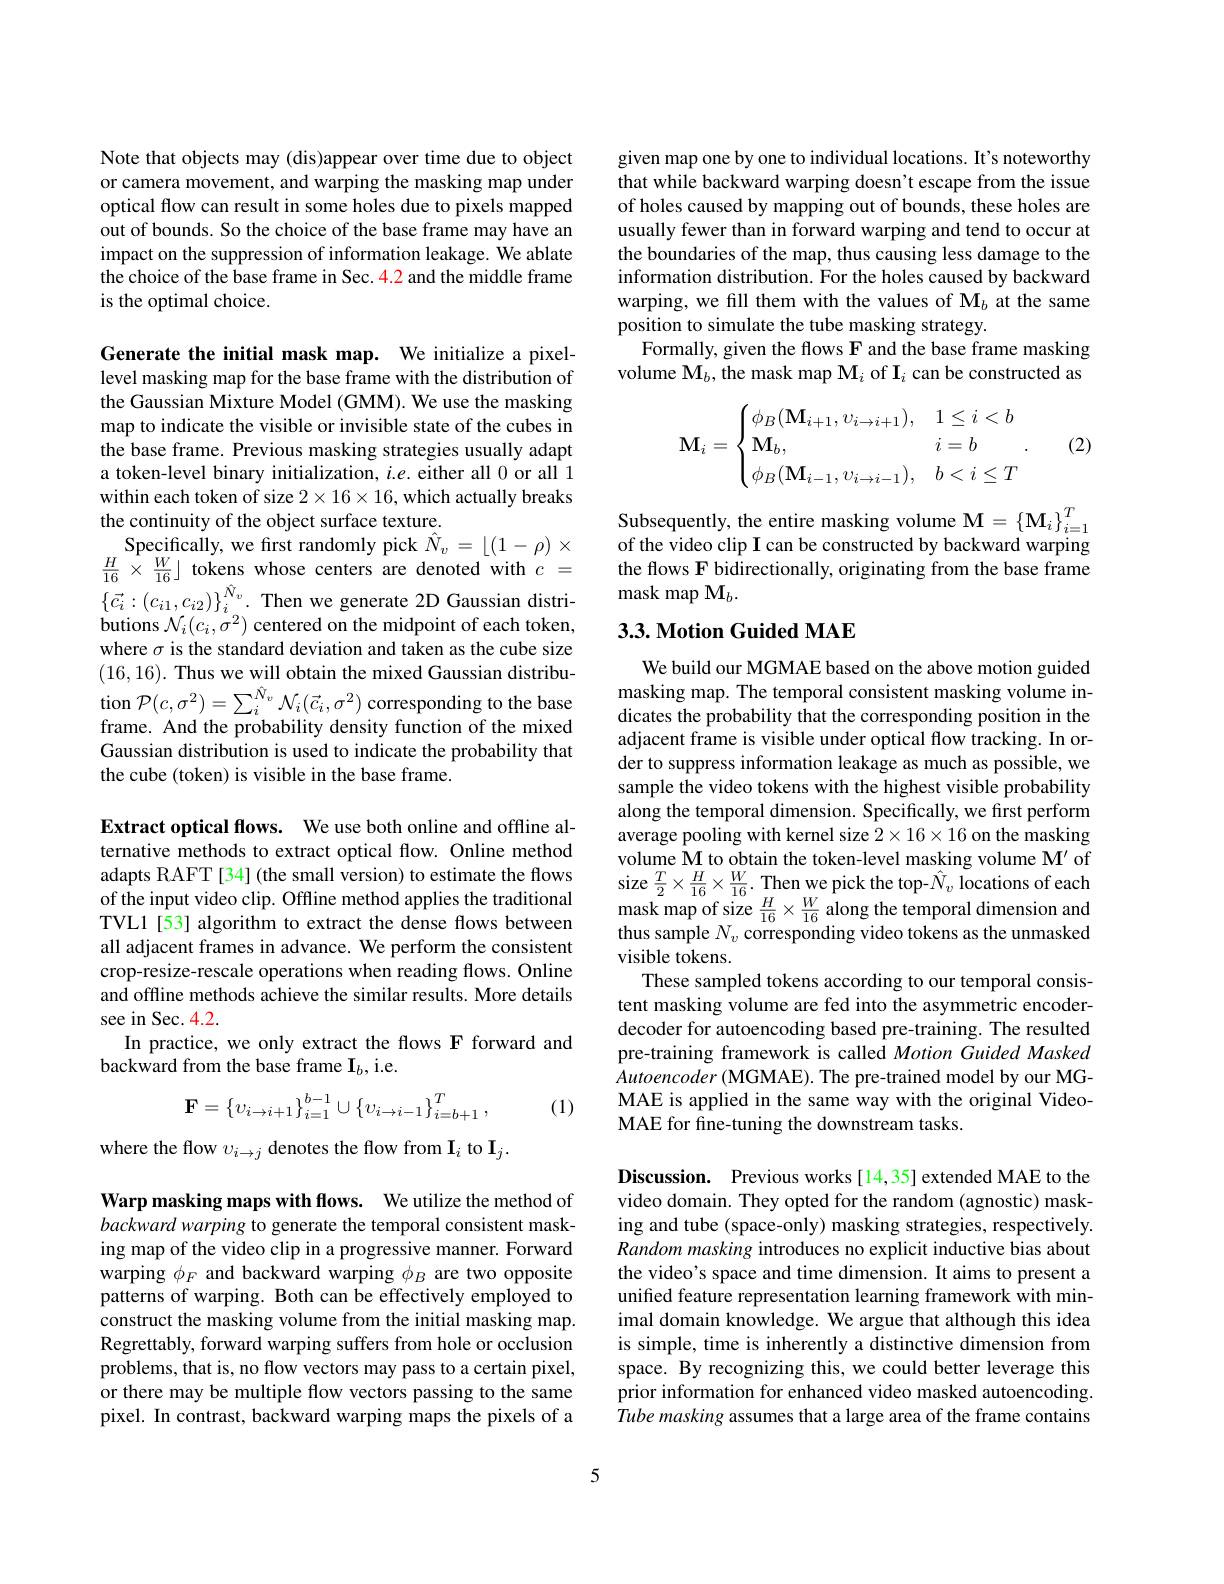
Note that objects may (dis)appear over time due to object or camera movement, and warping the masking map under optical flow can result in some holes due to pixels mapped out of bounds. So the choice of the base frame may have an impact on the suppression of information leakage. We ablate the choice of the base frame in Sec. 4.2 and the middle frame is the optimal choice.

Generate the initial mask map. We initialize a pixellevel masking map for the base frame with the distribution of the Gaussian Mixture Model (GMM). We use the masking map to indicate the visible or invisible state of the cubes in the base frame. Previous masking strategies usually adapt a token-level binary initialization, $i.e.$ either all 0 or all 1 within each token of size $2\times16\times16$, which actually breaks the continuity of the object surface texture.
Specifically, we first randomly pick $\hat{N}_v=\lfloor(1-\rho)\times$ $\frac{H}{16}\times\frac{W}{16}\rfloor$ tokens whose centers are denoted with $c=$ $\{\vec{c}_{i}:(c_{i1},c_{i2})\}_{i}^{\hat{N}_{v}}.$ Then we generate 2D Gaussian distributions $\mathcal{N}_i(c_i,\sigma^2)$ centered on the midpoint of each token, where $\sigma$ is the standard deviation and taken as the cube size $( 16, 16) . \textbf{ Thus we will obtain the mixed Gaussian distribu- }$ tion $\mathcal{P}(c,\sigma^{2})=\sum_{i}^{\hat{N}_{v}}\mathcal{N}_{i}(\vec{c}_{i},\sigma^{2})$ corresponding to the base frame. And the probability density function of the mixed Gaussian distribution is used to indicate the probability that the cube (token) is visible in the base frame.

Extract optical fows. We use both online and offline alternative methods to extract optical flow. Online method adapts RAFT [34] (the small version) to estimate the flows of the input video clip. Offline method applies the traditional TVL1 [53] algorithm to extract the dense flows between all adjacent frames in advance. We perform the consistent crop-resize-rescale operations when reading flows. Online and offline methods achieve the similar results. More details see in Sec. 4.2.
In practice, we only extract the fows F forward and
backward from the base frame $\mathbf{I}_b$,i.e.
$$\mathbf{F}=\left\{v_{i\rightarrow i+1}\right\}_{i=1}^{b-1}\cup\left\{v_{i\rightarrow i-1}\right\}_{i=b+1}^{T},$$
(1)

where the flow $v_{i\to j}$ denotes the flow from I$_i$ to I$_j.$

Warp masking maps with flows. We utilize the method of backward warping to generate the temporal consistent masking map of the video clip in a progressive manner. Forward warping $\phi_F$ and backward warping $\phi_B$ are two opposite patterns of warping. Both can be effectively employed to construct the masking volume from the initial masking map. Regrettably, forward warping suffers from hole or occlusion problems, that is, no flow vectors may pass to a certain pixel, or there may be multiple flow vectors passing to the same pixel. In contrast, backward warping maps the pixels of a

given map one by one to individual locations. It's noteworthy that while backward warping doesn't escape from the issue of holes caused by mapping out of bounds, these holes are usually fewer than in forward warping and tend to occur at the boundaries of the map, thus causing less damage to the information distribution. For the holes caused by backward warping, we fill them with the values of M$_b$ at the same position to simulate the tube masking strategy.
Formally, given the flows F and the base frame masking volume $\mathbf{M}_b$,the mask map M$_i$ of I$_i$ can be constructed as
$$\mathbf{M}_i=\begin{cases}\phi_B(\mathbf{M}_{i+1},v_{i\to i+1}),&1\leq i<b\\\mathbf{M}_b,&i=b\\\phi_B(\mathbf{M}_{i-1},v_{i\to i-1}),&b<i\leq T\end{cases}.$$
(2)

Subsequently, the entire masking volume $\mathbf{M}=\left\{\mathbf{M}_i\right\}_{i=1}^T$ of the video clip I can be constructed by backward warping the flows F bidirectionally, originating from the base frame mask map M$_b.$

## 3.3. Motion Guided MAE

We build our MGMAE based on the above motion guided masking map. The temporal consistent masking volume indicates the probability that the corresponding position in the adjacent frame is visible under optical flow tracking. In order to suppress information leakage as much as possible, we sample the video tokens with the highest visible probability along the temporal dimension. Specifically, we first perform average pooling with kernel size $2\times16\times16$ on the masking volume M to obtain the token-level masking volume M' of size $\frac{T}{2}\times\frac{H}{16}\times\frac{W}{16}.$ Then we pick the top-$\hat{N}_v$ locations of each $\operatorname*{mask}\operatorname*{map}_{\mathrm{of}}^{10}$size $\frac H{16}\times\frac W{16}$ along the temporal dimension and thus sample $N_v$ corresponding video tokens as the unmasked visible tokens.
These sampled tokens according to our temporal consistent masking volume are fed into the asymmetric encoderdecoder for autoencoding based pre-training. The resulted pre-training framework is called Motion Guided Masked Autoencoder (MGMAE). The pre-trained model by our MGMAE is applied in the same way with the original VideoMAE for fine-tuning the downstream tasks.

Discussion. Previous works[14,35] extended MAE to the video domain. They opted for the random (agnostic) masking and tube (space-only) masking strategies, respectively. Random masking introduces no explicit inductive bias about the video's space and time dimension. It aims to present a unified feature representation learning framework with minimal domain knowledge. We argue that although this idea is simple, time is inherently a distinctive dimension from space. By recognizing this, we could better leverage this prior information for enhanced video masked autoencoding. Tube masking assumes that a large area of the frame contains

5